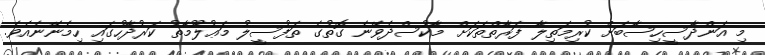
މި އަންދާސީހިސާބަށް ކުރިމަތިލާ ފަރާތްތަކަށް މާކުސްދެވޭނެ ގޮތުގެ ތަފުސީލު މަޢުލޫމާތު ކަރުދާހުގައި ހިމެނޭނެއެވެ.